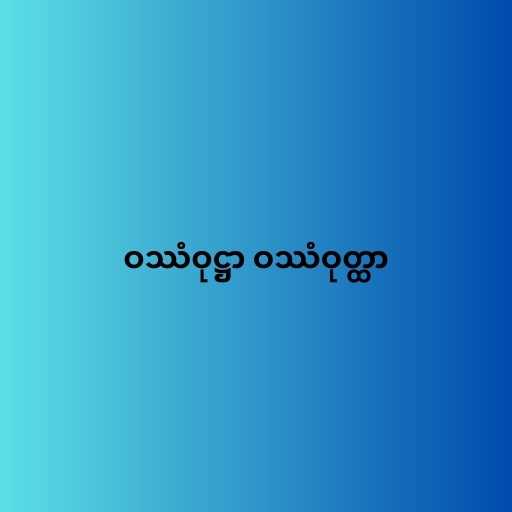
ဝဿံဝုဋ္ဌာ ဝဿံဝုတ္ထာ